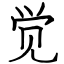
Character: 觉